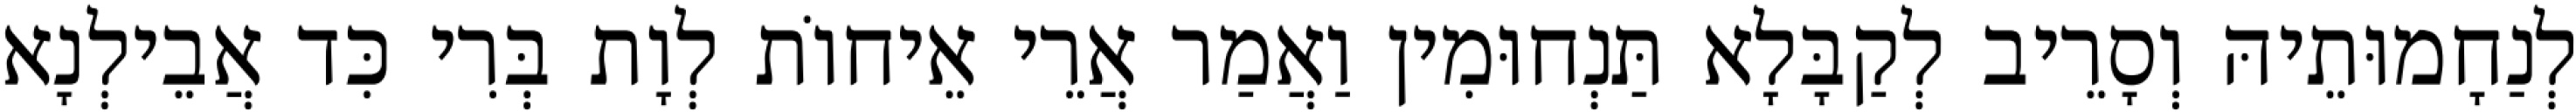
לְנַחָמוּתֵיהּ וְסָרֵיב לְקַבָּלָא תַּנְחוּמִין וַאֲמַר אֲרֵי אֵיחוֹת לְוָת בְּרִי כִּד אֲבֵילְנָא